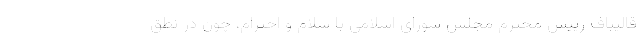
قالیباف رییس محترم مجلس شورای اسلامی با سلام و احترام، چون در نطق